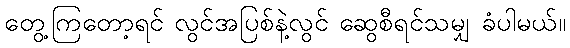
တွေ့ကြတော့ရင် လွင်အပြစ်နဲ့လွင် ဆွေစီရင်သမျှ ခံပါမယ်။